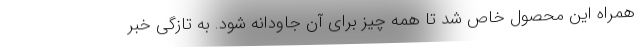
همراه این محصول خاص شد تا همه چیز برای آن جاودانه شود. به تازگی خبر